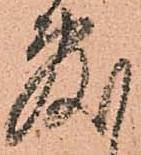
敷